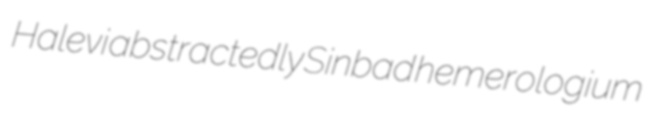
Halevi abstractedly Sinbad hemerologium